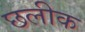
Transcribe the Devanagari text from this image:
छलीक